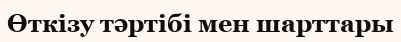
Өткізу тәртібі мен шарттары